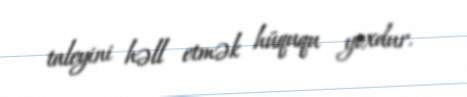
taleyini həll etmək hüququ yoxdur.